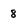
Character: 8